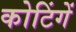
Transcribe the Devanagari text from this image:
कोटिंगें